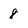
Character: 8